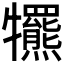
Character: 𤜑